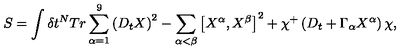
S = \int \delta t ^ { N } T r \sum _ { \alpha = 1 } ^ { 9 } \left( D _ { t } X \right) ^ { 2 } - \sum _ { \alpha < \beta } \left[ X ^ { \alpha } , X ^ { \beta } \right] ^ { 2 } + \chi ^ { + } \left( D _ { t } + \Gamma _ { \alpha } X ^ { \alpha } \right) \chi ,